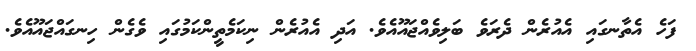
ފަހެ އެތާނގައި އެއުރެން ދެރަވެ ބަލިވެއްޖައޫއެވެ. އަދި އެއުރެން ނިކަމެތީންކަމުގައި ވެގެން ހިނގައްޖައޫއެވެ.